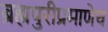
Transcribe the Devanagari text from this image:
ब्रह्मपुरीप्रमाणेच